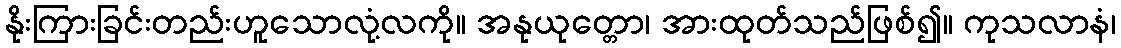
နိုးကြားခြင်းတည်းဟူသောလုံ့လကို။ အနုယုတ္တော၊ အားထုတ်သည်ဖြစ်၍။ ကုသလာနံ၊